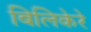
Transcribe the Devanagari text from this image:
बिलिकेरे